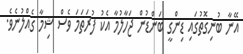
އޭނާ ބުނިގޮތުގައި ޑިންގީ ބަންޑުން ޖަހާލުމާ އެކު ފުރަތަމަ ވެސް ޝިމާ ގެއްލުނެވެ.